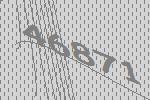
46871